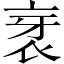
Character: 衺